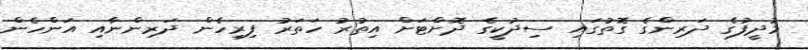
މުދީފުގެ ދަރިންގެ ގޮތުގައި ސިދުކީގެ ދޮށްޓަށް އިތުރު ހަތަރު ފިރިހެން ދަރިންނާއި އަންހެން